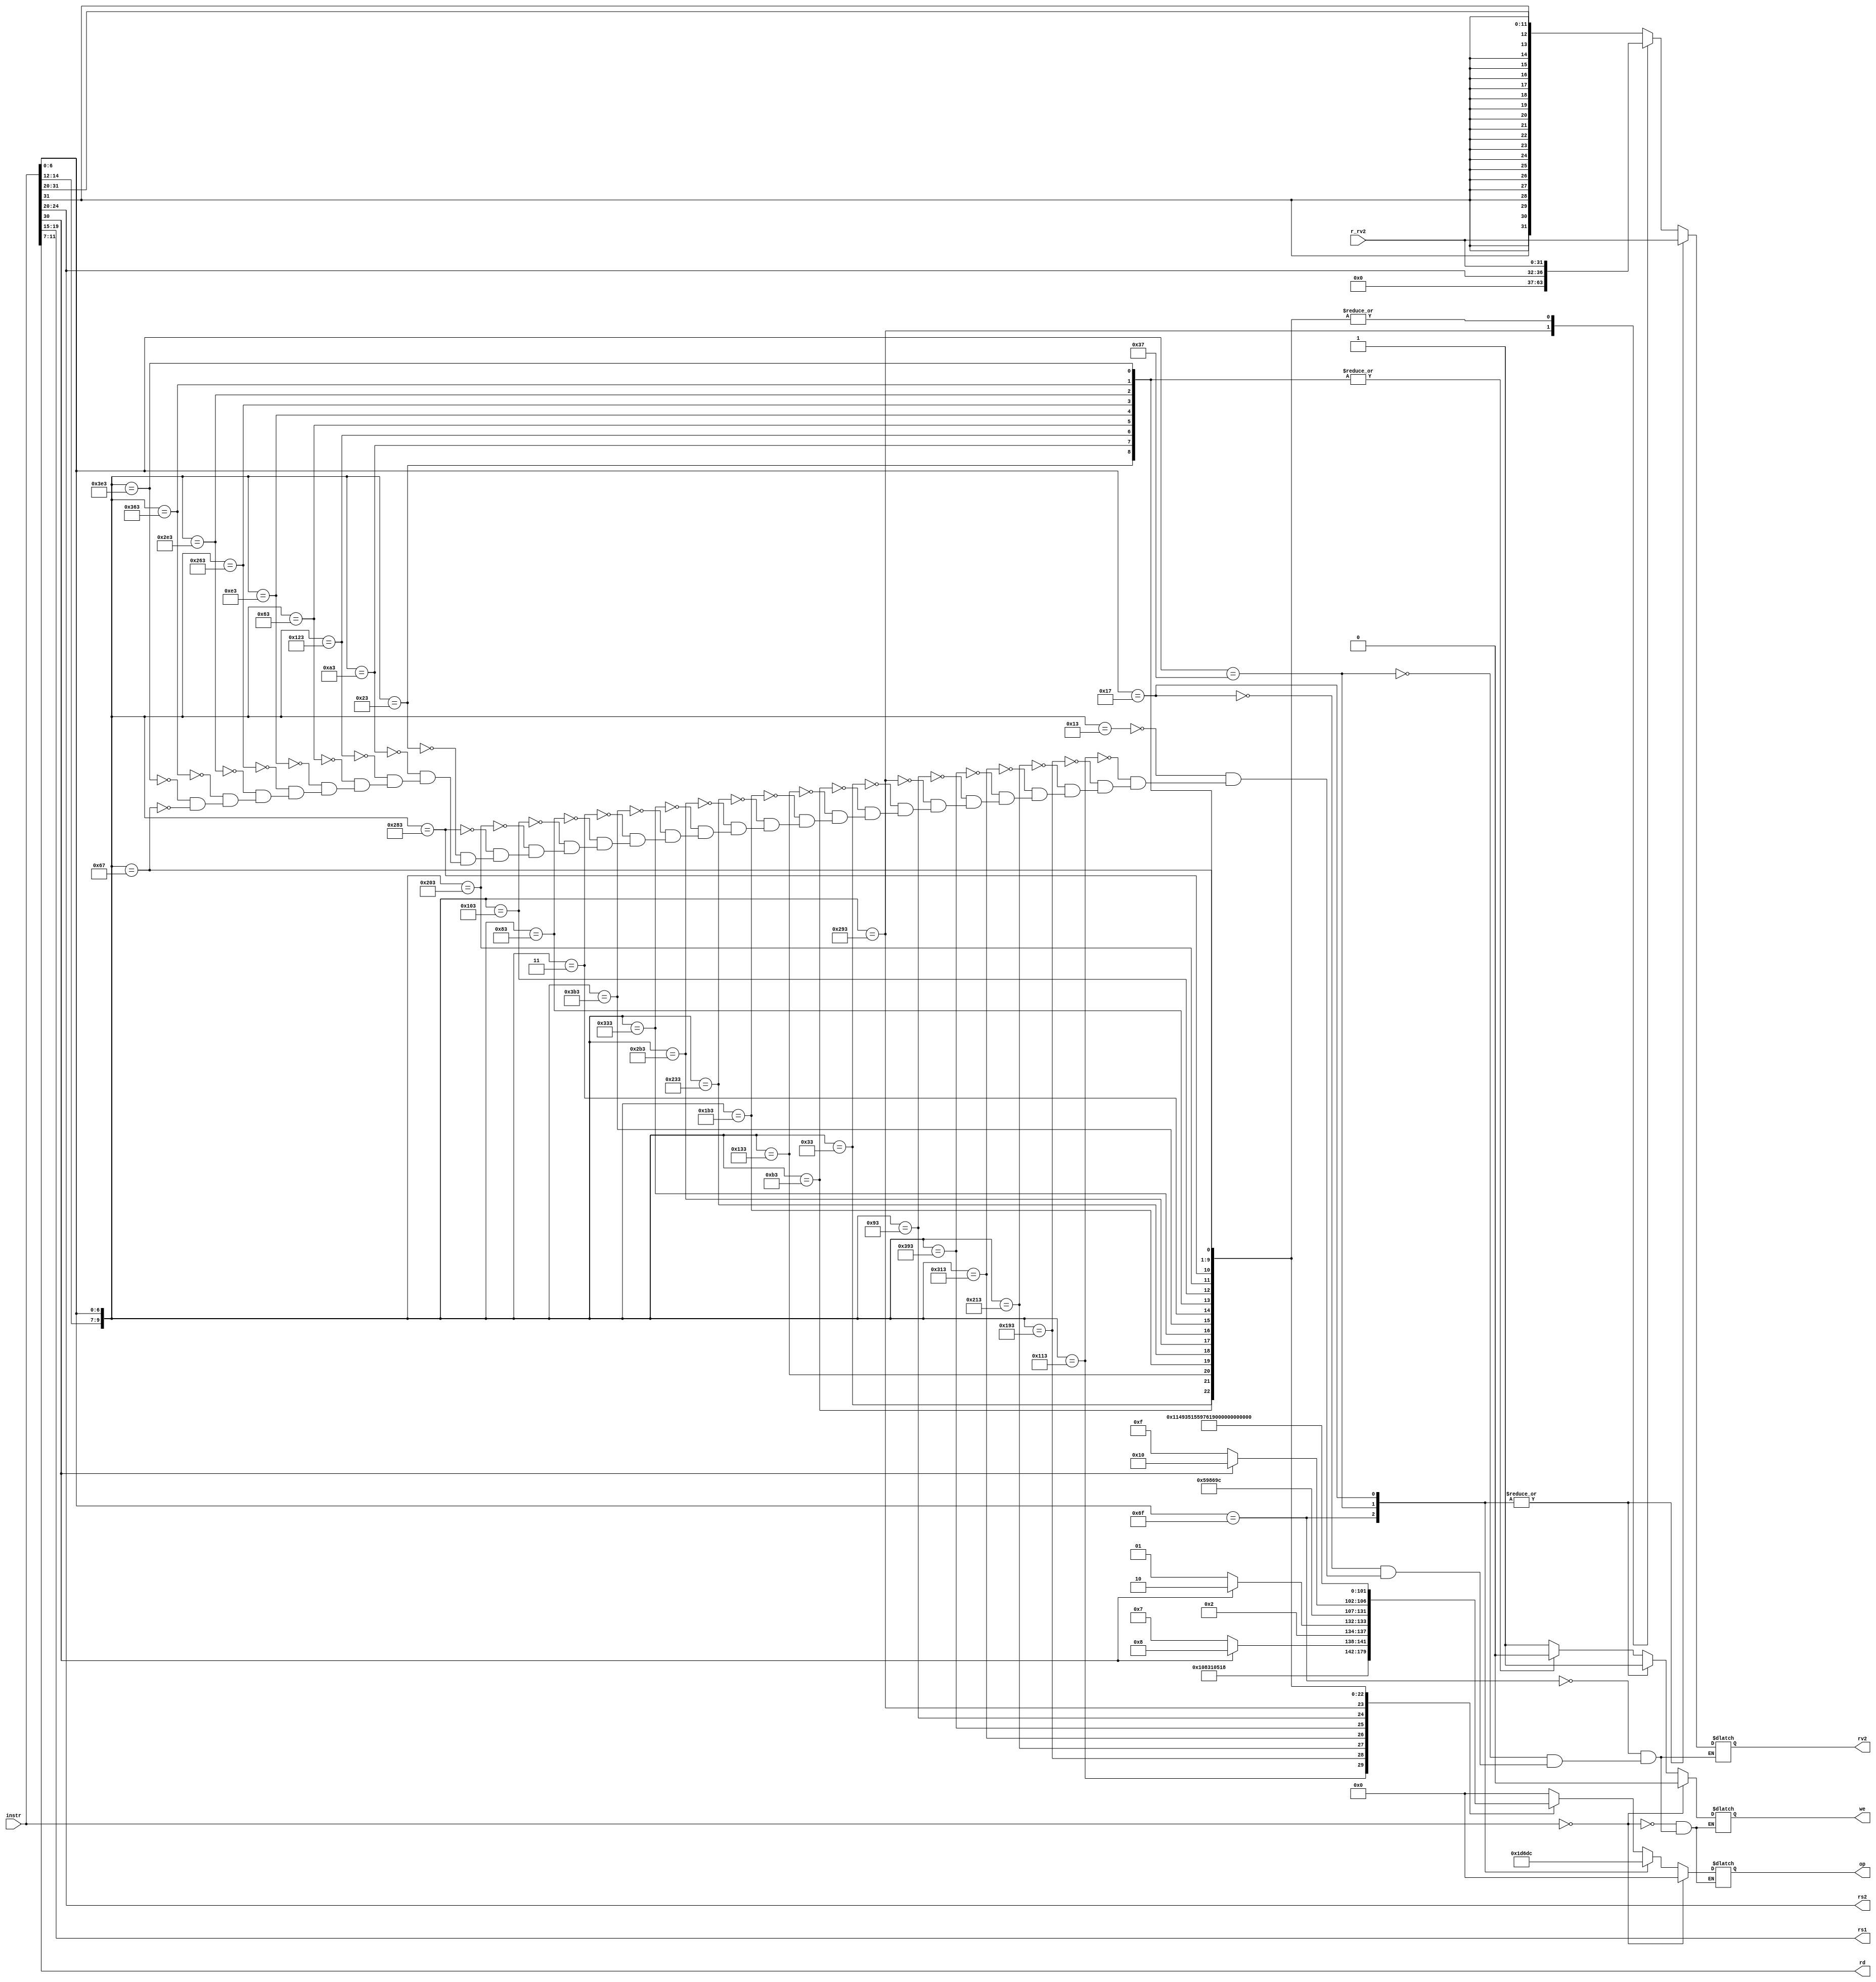
module dummydecoder2(
    input [31:0] instr,      // Full 32-b instruction
    output reg [5:0] op,     // Opcode
    output reg [4:0] rs1,    // First operand
    output reg [4:0] rs2,    // Second operand
    output reg [4:0] rd,     // Output reg
    input  [31:0] r_rv2,     // From RegFile
    output reg [31:0] rv2,   // To ALU
    output reg we            // Write enable
);

    always @(instr or r_rv2) begin
	 
        case({instr[14:12], instr[6:0]})
            10'b0000010011 : begin op = 0; rv2 = {{20{instr[31]}},instr[31:20]}; we = 1;end			//ADDI
            10'b0100010011 : begin op = 1; rv2 = {{20{instr[31]}},instr[31:20]}; we = 1;end			//SLTI
            10'b0110010011 : begin op = 2; rv2 = {{20{instr[31]}},instr[31:20]}; we = 1;end			//SLTIU
            10'b1000010011 : begin op = 3; rv2 = {{20{instr[31]}},instr[31:20]}; we = 1;end			//XORI
            10'b1100010011 : begin op = 4; rv2 = {{20{instr[31]}},instr[31:20]}; we = 1;end			//ORI
            10'b1110010011 : begin op = 5; rv2 = {{20{instr[31]}},instr[31:20]}; we = 1;end			//ANDI
            10'b0010010011 : begin op = 6; rv2 = {{20{instr[31]}},instr[31:20]}; we = 1;end			//SLLI
            10'b1010010011 : begin op = instr[30] ? 8 : 7;  rv2 = instr[24:20]; we = 1;end	//SRAI,SRLI
            10'b0000110011 : begin op = instr[30] ? 10 : 9; rv2 = r_rv2; we = 1;end	//SUB,ADD
		    10'b0010110011 : begin op = 11; rv2 = r_rv2; we = 1;end			   //SLL
		    10'b0100110011 : begin op = 12; rv2 = r_rv2; we = 1;end			   //SLT
		    10'b0110110011 : begin op = 13; rv2 = r_rv2; we = 1;end			   //SLTU
		    10'b1000110011 : begin op = 14; rv2 = r_rv2; we = 1;end			   //XOR
            10'b1010110011 : begin op = instr[30] ? 16 : 15; rv2 = r_rv2; we = 1;end	//SRA,SRL
		    10'b1100110011 : begin op = 17; rv2 = r_rv2; we = 1;end			   //OR
		    10'b1110110011 : begin op = 18; rv2 = r_rv2; we = 1;end			   //AND
            10'b0000000011 : begin op = 19; rv2 = r_rv2; we = 1;end            //LB
            10'b0010000011 : begin op = 20; rv2 = r_rv2; we = 1;end            //LH
            10'b0100000011 : begin op = 21; rv2 = r_rv2; we = 1;end            //LW
            10'b1000000011 : begin op = 22; rv2 = r_rv2; we = 1;end            //LBU
            10'b1010000011 : begin op = 23; rv2 = r_rv2; we = 1;end            //LHU
            10'b0000100011 : begin op = 24; rv2 = r_rv2; we = 0;end            //SB
            10'b0010100011 : begin op = 25; rv2 = r_rv2; we = 0;end            //SH
            10'b0100100011 : begin op = 26; rv2 = r_rv2; we = 0;end            //SW
            10'b0001100011 : begin op = 31; rv2 = r_rv2; we = 0;end            //BEQ
            10'b0011100011 : begin op = 32; rv2 = r_rv2; we = 0;end            //BNE
            10'b1001100011 : begin op = 33; rv2 = r_rv2; we = 0;end            //BLT
            10'b1011100011 : begin op = 34; rv2 = r_rv2; we = 0;end            //BGE
            10'b1101100011 : begin op = 35; rv2 = r_rv2; we = 0;end            //BLTU
            10'b1111100011 : begin op = 36; rv2 = r_rv2; we = 0;end            //BGEU
            //10'b0011100011 : begin op = 33; rv2 = r_rv2; we = 0;end            //JAL
            10'b0001100111 : begin op = 30; rv2 = r_rv2; we = 1;end            //JALR
            //10'b0010110111 : begin op = 35; rv2 = r_rv2; we = 0;end            //LUI
            //10'b0010010111 : begin op = 36; rv2 = r_rv2; we = 0;end            //AUIPC
	endcase
        // Separate case statement since these don't have unique instr[14:12]
        case (instr[6:0])
            7'b1101111 : begin op = 29; rv2 = r_rv2; we = 1;end            //JAL
            7'b0110111 : begin op = 27; rv2 = r_rv2; we = 1;end            //LUI
            7'b0010111 : begin op = 28; rv2 = r_rv2; we = 1;end            //AUIPC
        endcase
        
        if (instr == 0) begin op = 0; we = 0; end
        
     rs1 = instr [19:15];
     rs2 = instr [24:20];
     rd  = instr [11:7];
    end
endmodule